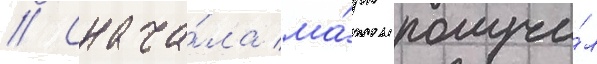
// Снача́ла ма́рк получи́л